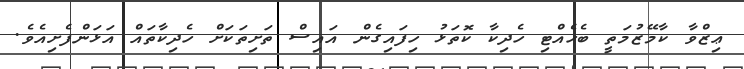
ޢިޒްވާ ކާމޭޒުމަތީ ބެހެއްޓި ހެދިކާ ކޮތަޅު ހިފައިގެން އައިސް ތަށިތަކަށް ހެދިކާތައް އަޅަންފެށިއެވެ.